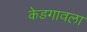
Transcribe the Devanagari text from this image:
केडगावला